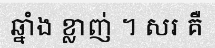
ឆ្នាំង ខ្លាញ់ ។ សរ គឺ